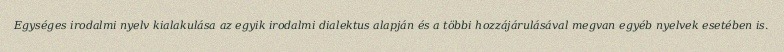
Egységes irodalmi nyelv kialakulása az egyik irodalmi dialektus alapján és a többi hozzájárulásával megvan egyéb nyelvek esetében is.